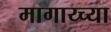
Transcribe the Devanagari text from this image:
मागाय्च्या